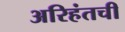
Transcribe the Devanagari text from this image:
अरिहंतची